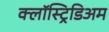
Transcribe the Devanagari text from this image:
क्लॉस्ट्रिडिअम